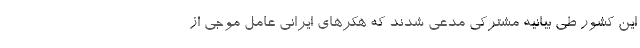
این کشور طی بیانیه مشترکی مدعی شدند که هکرهای ایرانی عامل موجی از